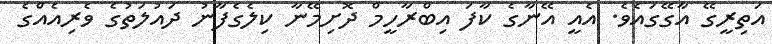
އަތިރީގޭ އާގޭގައެވެ. އެއީ އޭނާގެ ކާފަ އިބްރާހީމް ދޮށިމޭނާ ކިލެގެފާނު ދައުލަތުގެ ވެރިއެއްގެ